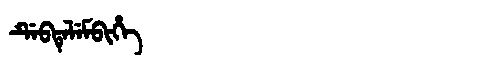
Manchu: ᡩᡝᠪᡨᡝᠯᡝᠮᠪᡳᡥᡝ
Romanization: DEBTELEMBIHE